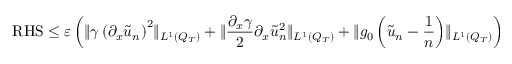
\mathrm { R H S } \leq \varepsilon \left( \lVert \gamma \left( \partial _ { x } \tilde { u } _ { n } \right) ^ { 2 } \rVert _ { L ^ { 1 } ( Q _ { T } ) } + \lVert \frac { \partial _ { x } \gamma } { 2 } \partial _ { x } \tilde { u } _ { n } ^ { 2 } \rVert _ { L ^ { 1 } ( Q _ { T } ) } + \lVert g _ { 0 } \left( \tilde { u } _ { n } - \frac { 1 } { n } \right) \rVert _ { L ^ { 1 } ( Q _ { T } ) } \right)